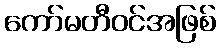
ကော်မတီဝင်အဖြစ်